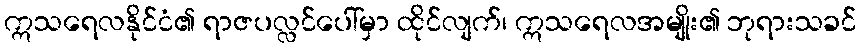
ဣသရေလနိုင်ငံ၏ ရာဇပလ္လင်ပေါ်မှာ ထိုင်လျက်၊ ဣသရေလအမျိုး၏ ဘုရားသခင်